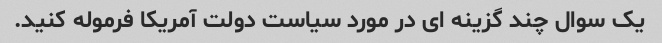
یک سوال چند گزینه ای در مورد سیاست دولت آمریکا فرموله کنید.